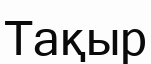
Тақыр